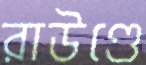
রাউণ্ডে